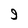
Character: 9